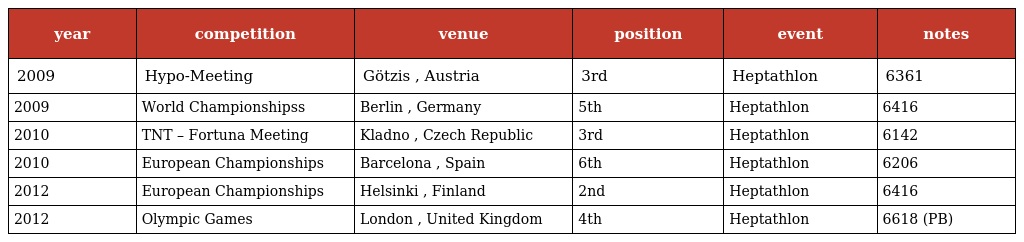
| year | competition | venue | position | event | notes |
 | --- | --- | --- | --- | --- | --- |
 | 2009 | Hypo-Meeting | Götzis , Austria | 3rd | Heptathlon | 6361 |
 | 2009 | World Championshipss | Berlin , Germany | 5th | Heptathlon | 6416 |
 | 2010 | TNT – Fortuna Meeting | Kladno , Czech Republic | 3rd | Heptathlon | 6142 |
 | 2010 | European Championships | Barcelona , Spain | 6th | Heptathlon | 6206 |
 | 2012 | European Championships | Helsinki , Finland | 2nd | Heptathlon | 6416 |
 | 2012 | Olympic Games | London , United Kingdom | 4th | Heptathlon | 6618 (PB) |